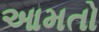
આમતો